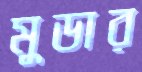
মুডার